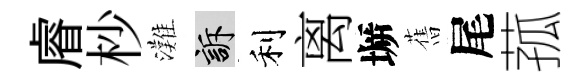
𥈠杪灘訴利离󶱲𦾔尾菰